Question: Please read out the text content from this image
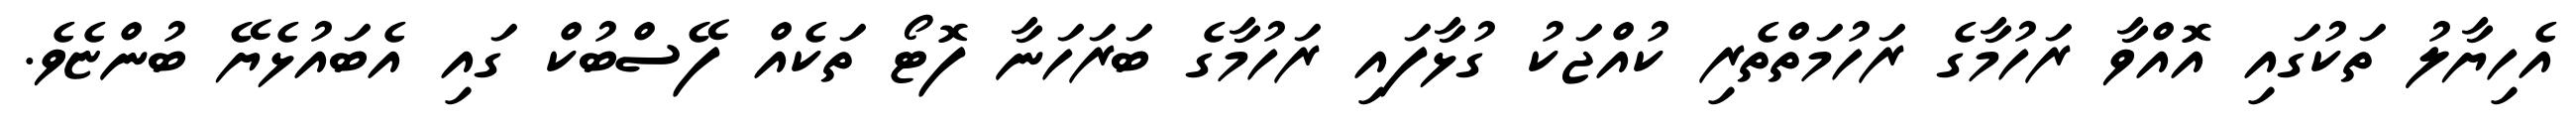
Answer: އެހިޔާލު ތަކުގައި އޮއްވާ ރަހުމާގެ ރަހުމަތްތެރި ކުއްޖަކު ގުޅާފައި ރަހުމާގެ ބަރަހަނާ ފޮޓޯ ތަކެއް ފޭސްބުކް ގައި އެބައުޅެޔޭ ބުންޏެވެ.